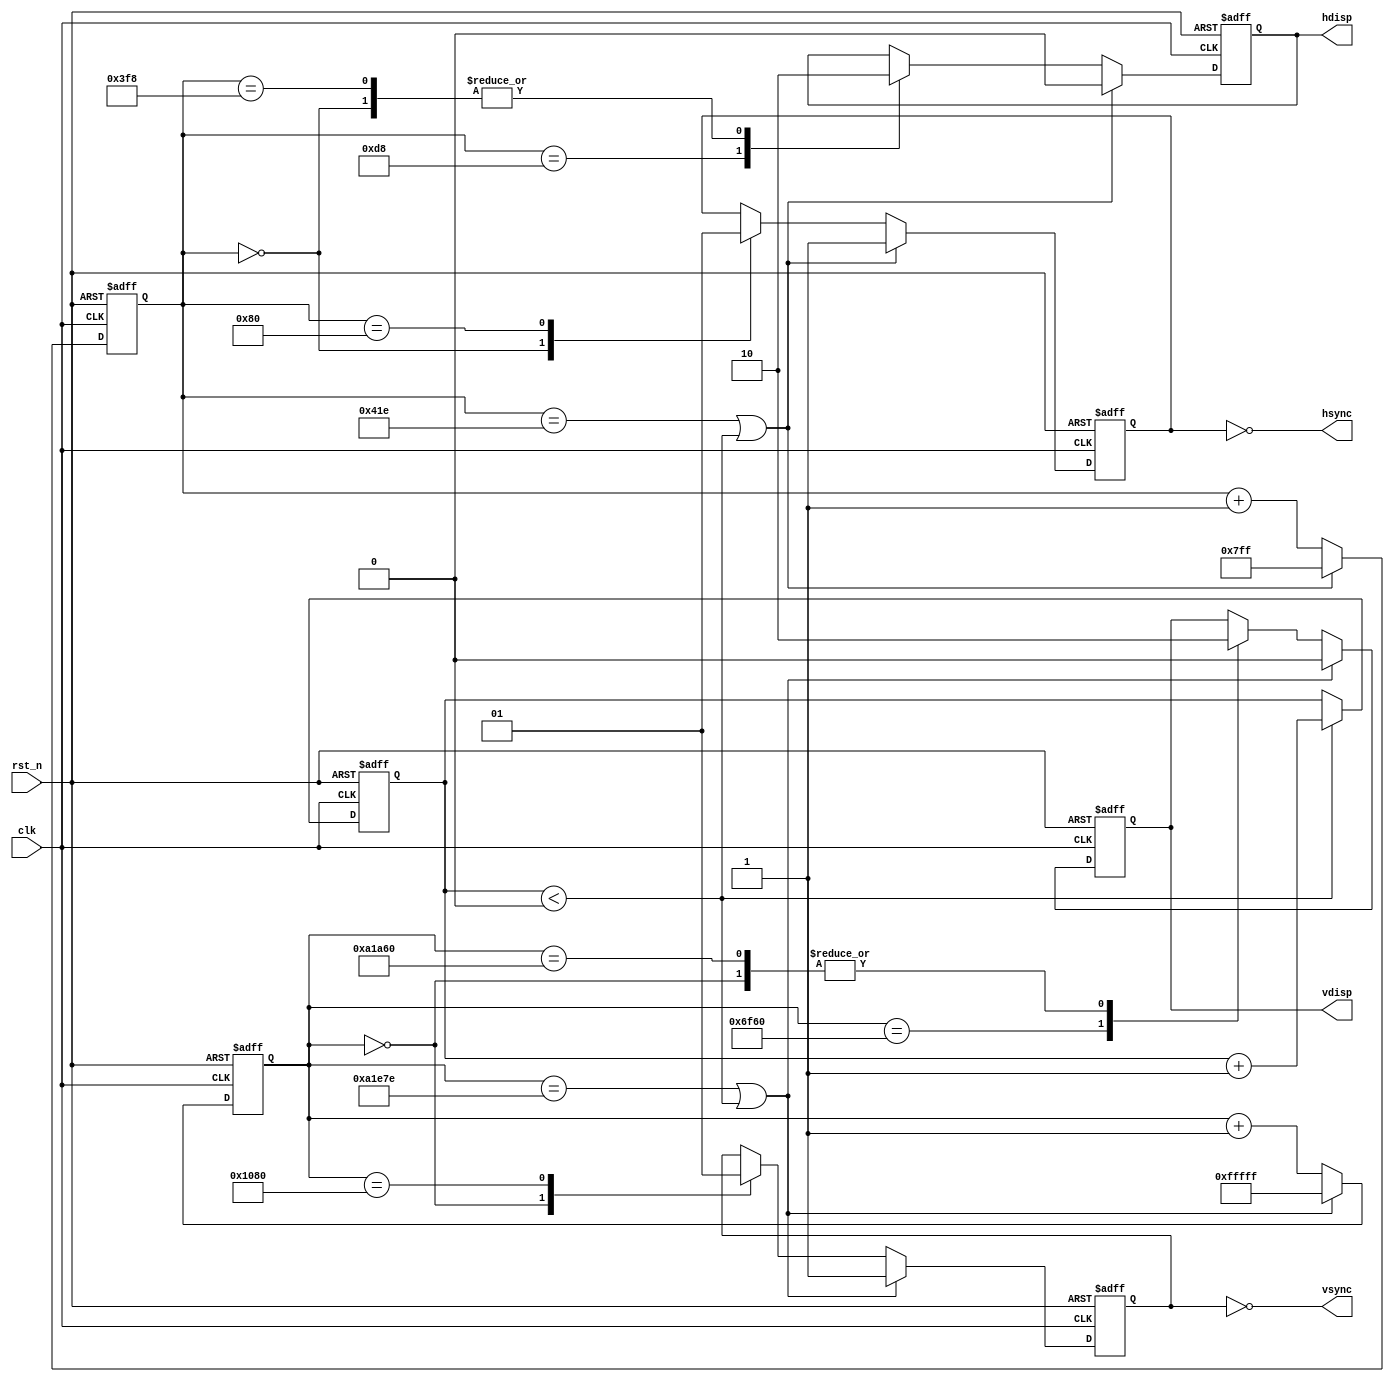
module vga_sync_timing ( output vsync, output hsync, output vdisp, output hdisp, input clk, input rst_n);

   parameter TOFFSET = 0;
   parameter TVSTOHS = TOFFSET + 0;

`define res800x600
   
`ifdef res640x480
   parameter TSVS    = 416800;
   parameter TDISPVS = 384000;
   parameter TPWVS   = 1600;
   parameter TFPVS   = 8000;
   parameter TBPVS   = 23200;
   parameter TSHS    = 800;
   parameter TDISPHS = 640;
   parameter TPWHS   = 96;
   parameter TFPHS   = 16;
   parameter TBPHS   = 48;
`elsif res800x600
   parameter TSVS    = 663168;
   parameter TDISPVS = 633600;
   parameter TPWVS   = 4224;
   parameter TFPVS   = 1056;
   parameter TBPVS   = 24288;
   parameter TSHS    = 1056;
   parameter TDISPHS = 800;
   parameter TPWHS   = 128;
   parameter TFPHS   = 40;
   parameter TBPHS   = 88;
`endif
   
   reg [19:0] vcounter;
   reg [10:0] hcounter;
   reg [9:0]  offsetcounter;
   reg hsync_q;
   reg vsync_q;
   reg vdisp_q;
   reg hdisp_q;
   
   assign hsync = ~hsync_q;
   assign vsync = ~vsync_q;
   assign vdisp  = vdisp_q;
   assign hdisp  = hdisp_q;
   
   always @(posedge clk or negedge rst_n) begin
      if(~rst_n)
	     offsetcounter <= 10'h000;
      else if(offsetcounter < TVSTOHS)
	     offsetcounter <= offsetcounter + 1'b1;
   end
   
   always @(posedge clk or negedge rst_n) begin
      if(~rst_n ) begin
	     vcounter <= 20'hFFFFF;
      end
      else
	    if(vcounter == TSVS-2 || offsetcounter < TOFFSET)
	       vcounter <= 20'hFFFFF;
		 else
	       vcounter <= vcounter + 1'b1;
   end

   always @(posedge clk or negedge rst_n) begin
      if(~rst_n ) begin
	     hcounter <= 11'h7FF;
      end
		else if(hcounter == TSHS-2 || offsetcounter < TVSTOHS)
	     hcounter <= 11'h7FF;
      else
	     hcounter <= hcounter + 1'b1;
   end
   
   always @(posedge clk or negedge rst_n) begin
     if(~rst_n ) begin
	     vsync_q <= 1'b1;
	     vdisp_q <= 1'b0;
     end
	  else if(vcounter == TSVS-2 || offsetcounter < TOFFSET) begin
	     vsync_q <= 1'b1;
	     vdisp_q <= 1'b0;		
	  end
	  else
       case (vcounter)
	      19'h00000: begin
	         vsync_q <= 1'b0;
	         vdisp_q <= 1'b0;
	      end
	      TPWVS: begin
	         vsync_q <= 1'b1;
	      end
	      TPWVS + TBPVS: begin
	         vdisp_q <= 1'b1;
	      end
	      TPWVS + TBPVS + TDISPVS: begin
	         vdisp_q <= 1'b0;
	      end
       endcase // case (counter)
   end

   always @(posedge clk or negedge rst_n) begin
      if(~rst_n ) begin
	     hsync_q <= 1'b1;
	     hdisp_q <= 1'b0;
      end
		else if(hcounter == TSHS-2 || offsetcounter < TVSTOHS) begin
	     hsync_q <= 1'b1;
	     hdisp_q <= 1'b0;		
		  end
		else
        case (hcounter)
	       11'h000: begin
	          hsync_q <= 1'b0;
	          hdisp_q  <= 1'b0;
	       end
	       TPWHS: begin // 296
	          hsync_q <= 1'b1;
	       end
	       TPWHS + TBPHS: begin // 296+48 = 344
	          hdisp_q <= 1'b1;
	       end
	       TPWHS + TBPHS + TDISPHS: begin // 344 + 640 = 984
	          hdisp_q <= 1'b0;
	       end
      endcase // case (counter)
   end

endmodule // vga_sync_timing